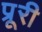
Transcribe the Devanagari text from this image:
प्रूरी